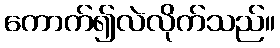
ကောက်၍လဲလိုက်သည်။